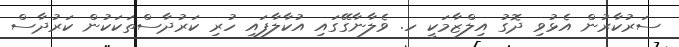
ސަރުކާރުން އެޅުވި ދޮގު އިލްޒާމަކީ ހ. ވެލާނާގޭގައި އުކާލާފައި ހުރި ކަރުދާސްތަކަކުން ކަރުދާސް